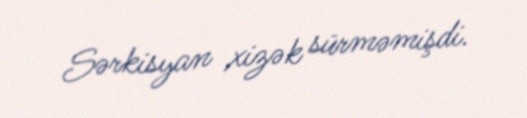
Sərkisyan xizək sürməmişdi.